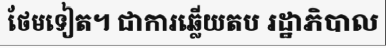
ថែមទៀត។ ជាការឆ្លើយតប រដ្ឋាភិបាល